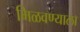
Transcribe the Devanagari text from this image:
मिळवण्याला